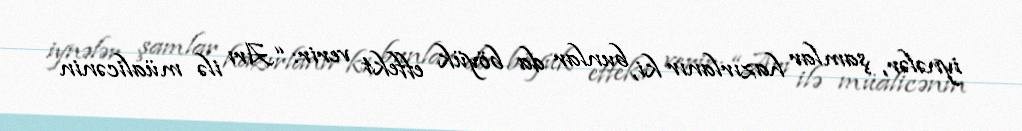
iynələr, şamlar hazırlanır ki, bunlar da böyük effekt verir: “Arı ilə müalicənin